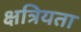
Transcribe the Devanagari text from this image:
क्षत्रियता